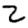
Digit: 2